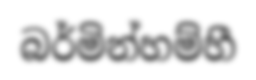
බර්මින්හම්හී